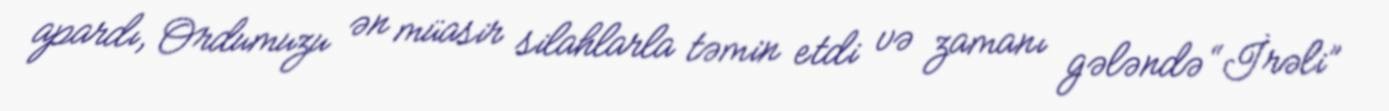
apardı, Ordumuzu ən müasir silahlarla təmin etdi və zamanı gələndə “İrəli”